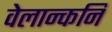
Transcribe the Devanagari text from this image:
वेलान्कनि